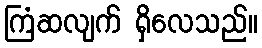
ကြံဆလျက် ရှိလေသည်။